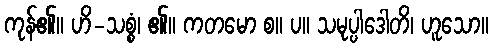
ကုန်၏။ ဟိ-သစ္စံ၊ ၏။ ကတမော စ။ ပ။ သမုပ္ပါဒေါတိ၊ ဟူသော။